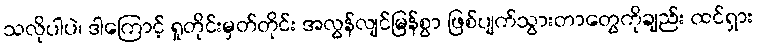
သလိုပါပဲ၊ ဒါကြောင့် ရှုတိုင်းမှတ်တိုင်း အလွန်လျင်မြန်စွာ ဖြစ်ပျက်သွားတာတွေကိုချည်း ထင်ရှား